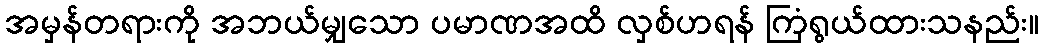
အမှန်တရားကို အဘယ်မျှသော ပမာဏအထိ လှစ်ဟရန် ကြံရွယ်ထားသနည်း။